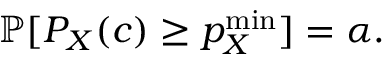
\mathbb { P } [ P _ { X } ( c ) \geq p _ { X } ^ { \mathrm { m i n } } ] = \alpha .